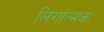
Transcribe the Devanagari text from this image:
लिगांत्मक